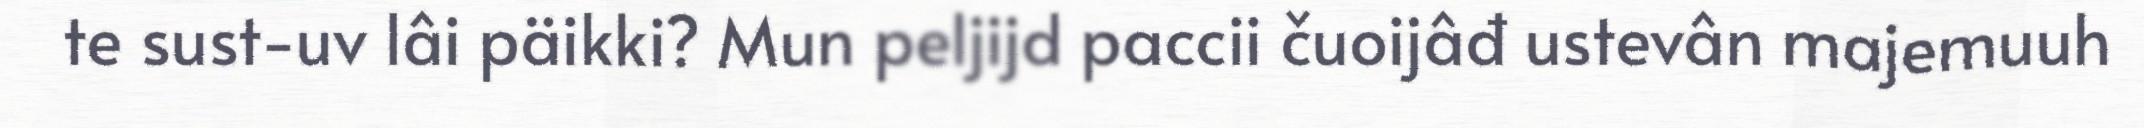
te sust-uv lâi päikki? Mun peljijd paccii čuoijâđ ustevân majemuuh